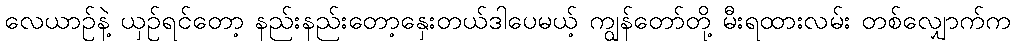
လေယာဉ်နဲ့ ယှဉ်ရင်တော့ နည်းနည်းတော့နှေးတယ်ဒါပေမယ့် ကျွန်တော်တို့ မီးရထားလမ်း တစ်လျှောက်က